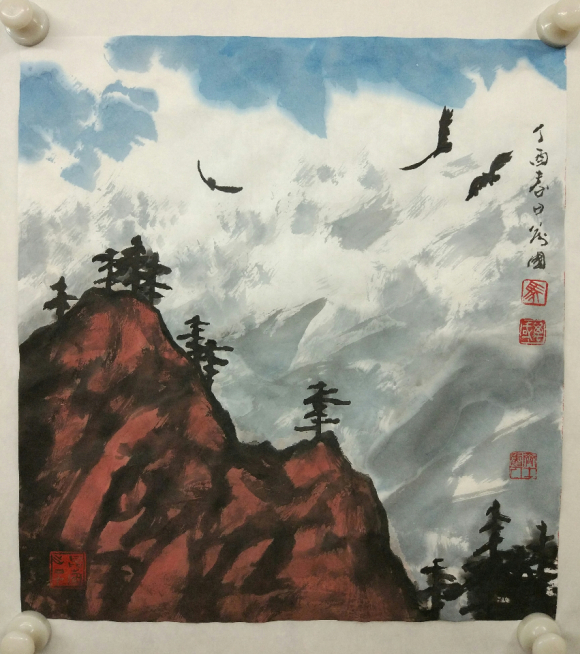
万国奔腾，两宫幽陷，此恨何时雪。